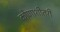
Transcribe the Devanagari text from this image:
कोणाशीतरी